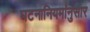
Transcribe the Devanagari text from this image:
घटनानियमांनुसार